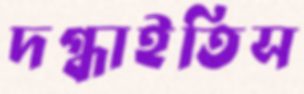
দগ্ধাইতিস